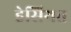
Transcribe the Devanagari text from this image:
हेसियत